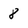
Character: 8